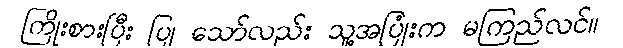
ကြိုးစားပြီး ပြု သော်လည်း သူ့အပြုံးက မကြည်လင်။